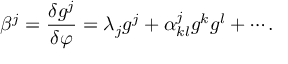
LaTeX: { \beta ^ { j } } = { \frac { \delta { g ^ { j } } } { \delta \varphi } } = { \lambda _ { j } } { g ^ { j } } + { \alpha _ { k l } ^ { j } } { g ^ { k } } { g ^ { l } } + \cdots .